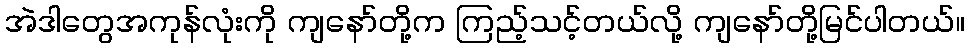
အဲဒါတွေအကုန်လုံးကို ကျနော်တို့က ကြည့်သင့်တယ်လို့ ကျနော်တို့မြင်ပါတယ်။